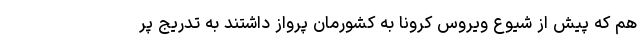
هم که پیش از شیوع ویروس کرونا به کشورمان پرواز داشتند به تدریج پر